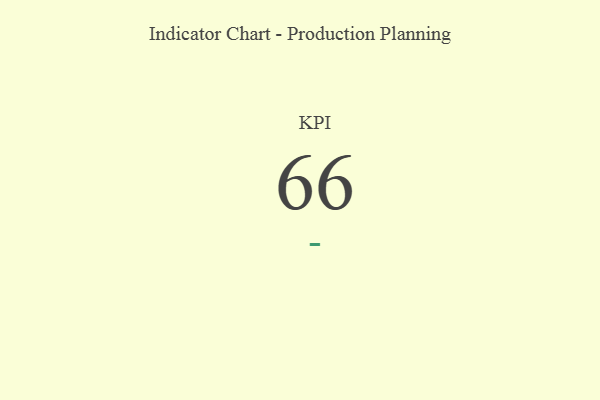
{"axis": {"x": "KPI", "y": "Value"}, "legend": [""], "data": [{"x": "KPI", "y": 66, "type": ""}]}